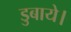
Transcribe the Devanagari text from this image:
डुबाये।